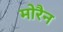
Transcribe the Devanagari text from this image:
मोरैन